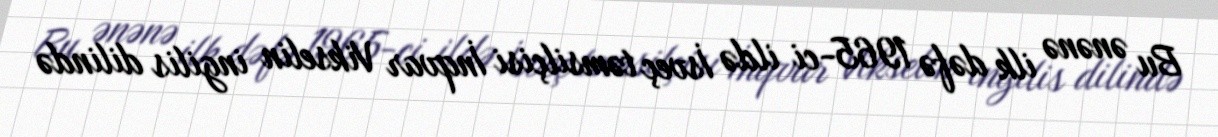
Bu ənənə ilk dəfə 1965-ci ildə İsveç təmsilçisi İnqvar Vikselin ingilis dilində